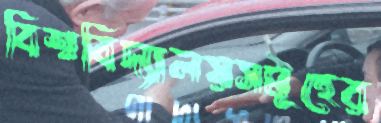
বিশ্ববিদ্যালয়সমূহের